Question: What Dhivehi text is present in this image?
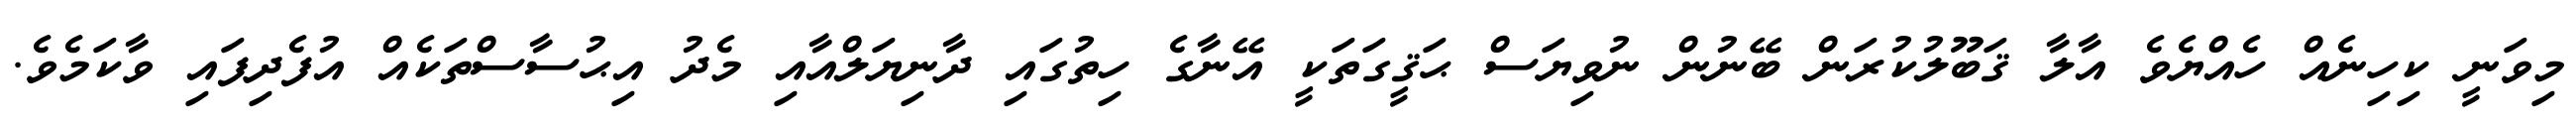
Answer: މިވަނީ ކިހިނެއް ހެއްޔެވެ އާލާ ޤަބޫލުކުރަން ބޭނުން ނުވިޔަސް ޙަޤީގަތަކީ އޭނާގެ ހިތުގައި ދާނިޔަލްއާއި މެދު އިޙުސާސްތަކެއް އުފެދިފައި ވާކަމެވެ.